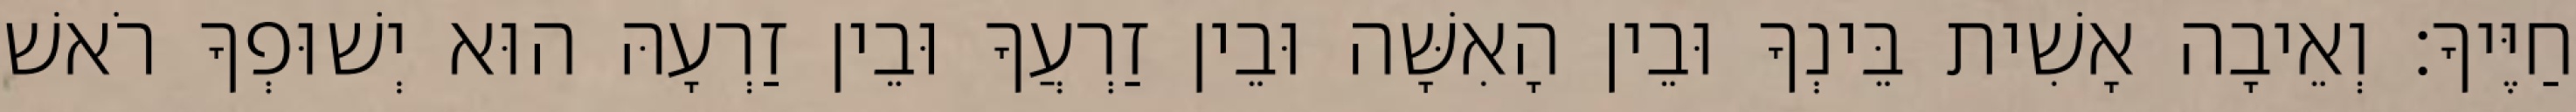
חַיֶּיךָ׃ וְאֵיבָה אָשִׁית בֵּינְךָ וּבֵין הָאִשָּׁה וּבֵין זַרְעֲךָ וּבֵין זַרְעָהּ הוּא יְשׁוּפְךָ רֹאשׁ